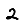
Digit: 2